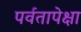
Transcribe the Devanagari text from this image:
पर्वतापेक्षा